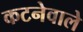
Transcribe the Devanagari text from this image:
कटनेवाले